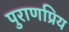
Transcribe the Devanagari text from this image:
पुराणप्रिय